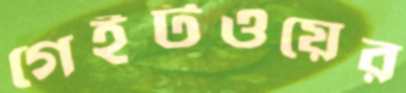
গেইটওয়ের